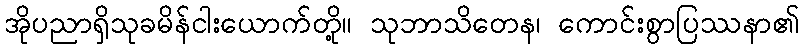
အိုပညာရှိသုခမိန်ငါးယောက်တို့။ သုဘာသိတေန၊ ကောင်းစွာပြဿနာ၏